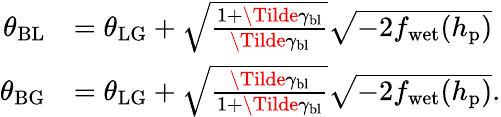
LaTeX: \begin{array}{rl}{\theta_{\mathrm{BL}}}&{=\theta_{\mathrm{LG}}+\sqrt{\frac{1+\Tilde{\gamma}_{\mathrm{bl}}}{\Tilde{\gamma}_{\mathrm{bl}}}}\sqrt{-2f_{\mathrm{wet}}(h_{\mathrm{p}})}}\\ {\theta_{\mathrm{BG}}}&{=\theta_{\mathrm{LG}}+\sqrt{\frac{\Tilde{\gamma}_{\mathrm{bl}}}{1+\Tilde{\gamma}_{\mathrm{bl}}}}\sqrt{-2f_{\mathrm{wet}}(h_{\mathrm{p}})}.}\end{array}